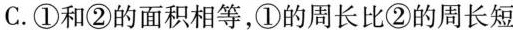
C.①和②的面积相等，①的周长比②的周长短